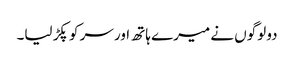
دو لوگوں نے میرے ہاتھ اور سر کو پکڑ لیا۔